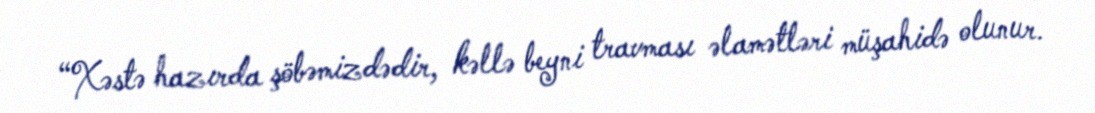
“Xəstə hazırda şöbəmizdədir, kəllə beyni travması əlamətləri müşahidə olunur.